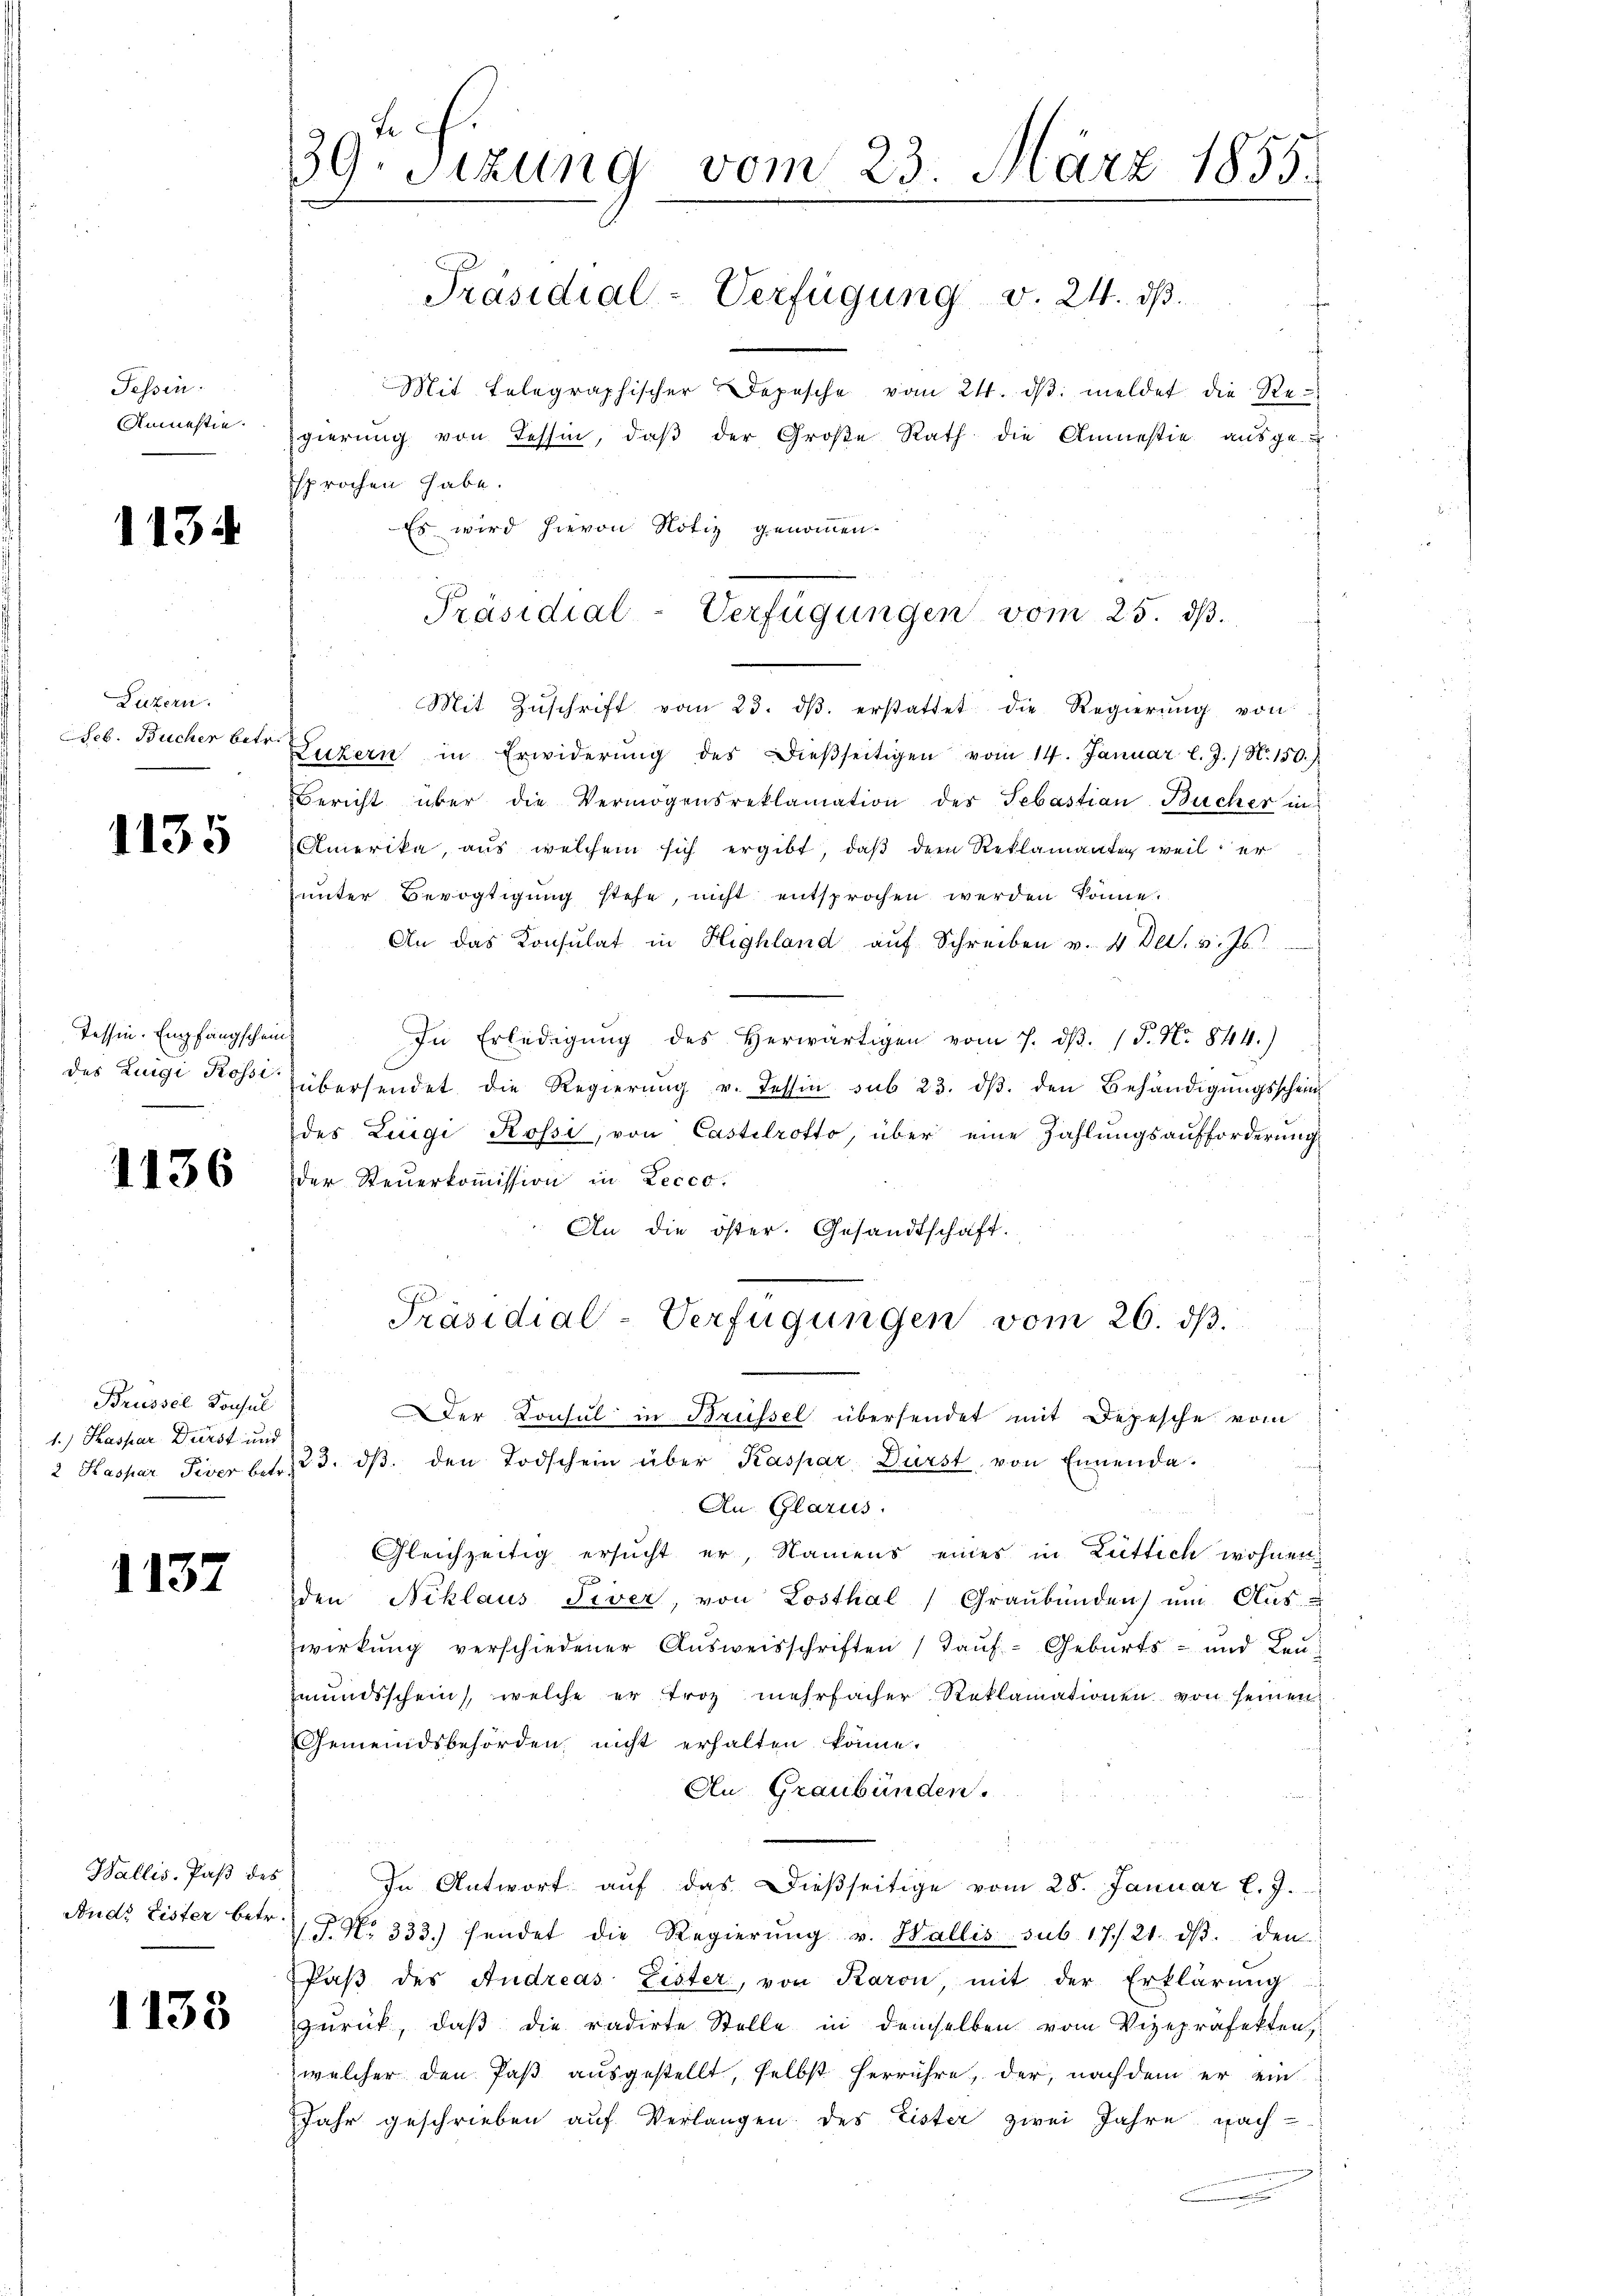
Tessin.

1134

Luzern.
Seb. Bucher betr.

1135

des Zingi Rossi

1136

Brüssel Konsul
1.) Haspar Dürst und

1137

Wallis. Paß des
And. Lister betr.

1138

te
39. Sizung vom 23. März 1855.
Präsidial-Verfügung v. 24. ds.

Mit telegraphischer Depesche vom 24. dβ meldet die Re¬
Anmeste gierung von Tessin, daβ der Große Rath die Anmestie ausge-
sprochen habe.
Es wird hievon Notiz genommen.
Mit Zŭschrift vom 23. dβ. erstattet die Regierŭng von
Luzern in Erwiderŭng des dieβseitigen vom 14. Januar l. J. N. 150.
ericht über die Vermögensreklamation der Sebastian Bücher in
Amerika, aus welchem sich ergibt, daß dem Reklamanten weil er
unter Bevogtigung stehe, nicht entsprochen werden könne.
An das Konsulat in Highland auf Schreiben v. 4 Dec. v. Js.
Tessin Empfangschein In Erledigŭng des herwärtigen vom 7. dβ. 15. No 844.)
übersendet die Regierung v. Tessin sub 23. dβ. den Behändigungsschein
des Luigi Rossi, von Castelrotto, über eine Zahlungsaufforderung
der Steuerkommission in Lecco,
An die öster. Gesandtschaft.
Präsidial-Verfügungen vom 26. dβ.
Der Konsul in Brüssel übersendet mit Depesche vom
2 Kaspar Piver betr. 23. dβ den Todschein über Kaspar Dürst von Ennenda-
An Glarus.
Gleichzeitig ersucht er, Namens eines in Lüttich wohnen
den Niklaus Siver, von Losthal, Graubünden ŭm Aŭs-
wirkung verschiedener Ausweisschriften Tauf- Geburts- und Leumŭndsschein, welche er troz mehrfacher Reklamationen von seinen
Gemeindsbehörden nicht erhalten könne.
An Graubünden.
In Antwort auf das dießseitige vom 28. Januar l. J.
.P. Nr. 333. sendet die Regierŭng v. Wallis sub 17./21. dβ. den
Paβ des Andreas Lister, von Karon, mit der Erklärung
zurück, daß die radirte Stelle in demselben vom Vizepräfekten,
welcher den Paß ausgestellt, selbst herrühre, der, nachdem er ein
Jahr geschrieben auf Verlangen des Eister zwei Jahre nach
.

Präsidial-Verfügungen vom 25. ds.